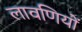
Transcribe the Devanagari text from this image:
लावणियों